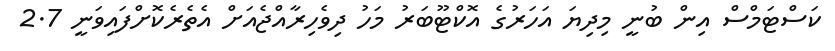
ކަސްޓަމްސް އިން ބުނީ މިދިޔަ އަހަރުގެ އޮކްޓޫބަރު މަހު ދިވެހިރާއްޖެއަށް އެތެރެކޮށްފައިވަނީ 2.7